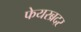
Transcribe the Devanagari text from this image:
फेयरब्रदर